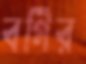
বর্গির